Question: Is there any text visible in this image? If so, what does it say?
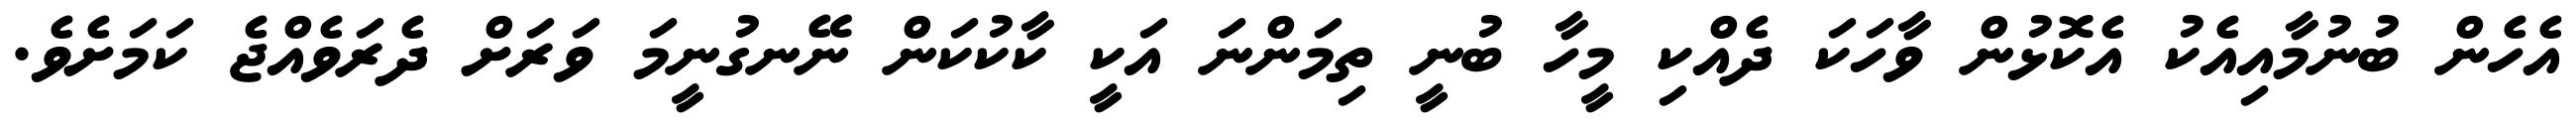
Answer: އެހެން ބުނުމާއިއެކު އެކޮޅުން ވާހަކަ ދެއްކި މީހާ ބުނީ ތިމަންނަ އަކީ ކާކުކަން ނޭނގުނީމަ ވަރަށް ދެރަވެއްޖެ ކަމަށެވެ.